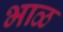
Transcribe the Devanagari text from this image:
भाळ